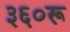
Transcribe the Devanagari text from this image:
३६०रू